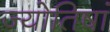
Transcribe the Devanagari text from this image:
ज्योतिषां